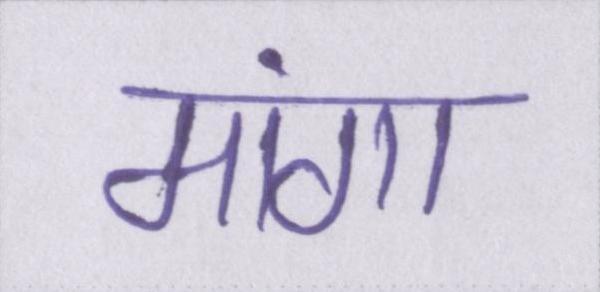
मांगा